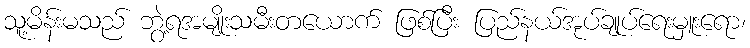
သူ့မိန်းမသည် ဘွဲ့ရအမျိုးသမီးတယောက် ဖြစ်ပြီး ပြည်နယ်အုပ်ချုပ်ရေးမှူးရော၊